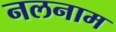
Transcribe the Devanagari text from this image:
नलनाम